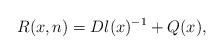
LaTeX: \begin{align*}R(x,n)=Dl(x)^{-1}+Q(x),\end{align*}